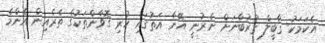
އެކަމަކު ޤާބީލް ޤުރުބާނަށް ނެރުނީ އޭނާ އަތުގައި ހުރި ގޮވާންތަކުގެ ތެރެއިން އެންމެ